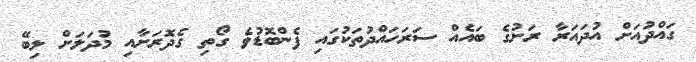
ގައްދުއަށް އުދައަރާ ރަށުގެ ބައެއް ސަރަހައްދުތަކުގައި ފެންބޮޑުވެ ގޯތި ގެދޮރަށާއި މުދަލަށް ލިބޭ